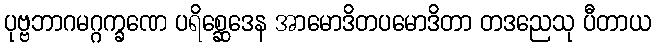
ပုဗ္ဗဘာဂမဂ္ဂက္ခဏေ ပရိစ္ဆေဒေန အာမောဒိတပမောဒိတာ တဒညေသု ပီတာယ